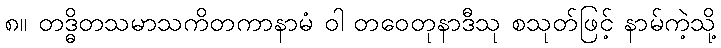
၈။ တဒ္ဓိတသမာသကိတကာနာမံ ဝါ တဝေတုနာဒီသု စသုတ်ဖြင့် နာမ်ကဲ့သို့